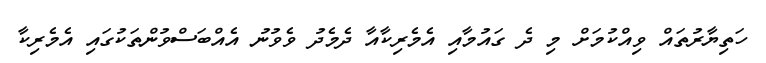
ހަތިޔާރުތައް ވިއްކުމަށް މި ދެ ގައުމާއި އެމެރިކާއާ ދެމެދު ވެވުނު އެއްބަސްވުންތަކުގައި އެމެރިކާ